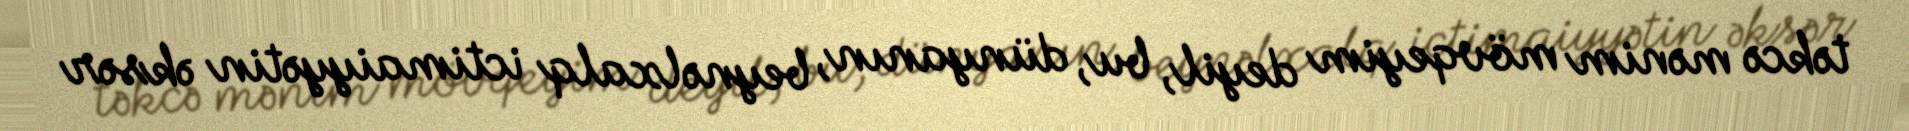
təkcə mənim mövqeyim deyil, bu, dünyanın, beynəlxalq ictimaiyyətin əksər